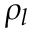
\rho _ { l }